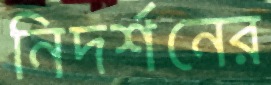
নিদর্শনের